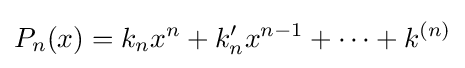
P_{n}(x)=k_{n}x^{n}+k'_{n}x^{n-1}+\cdots +k^{(n)}